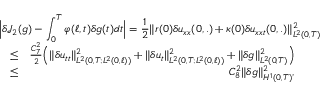
\begin{array} { r l r } { \lefteqn { \Big \vert \delta \mathcal { J } _ { 2 } ( g ) - \int _ { 0 } ^ { T } \varphi ( \ell , t ) \delta g ( t ) d t \Big \vert = \frac { 1 } { 2 } \Vert r ( 0 ) \delta u _ { x x } ( 0 , . ) + \kappa ( 0 ) \delta u _ { x x t } ( 0 , . ) \Vert _ { L ^ { 2 } ( 0 , T ) } ^ { 2 } } } \\ & { \leq } & { \frac { C _ { 7 } ^ { 2 } } { 2 } \Big ( \Vert \delta u _ { t t } \Vert _ { L ^ { 2 } ( 0 , T ; L ^ { 2 } ( 0 , \ell ) ) } ^ { 2 } + \Vert \delta u _ { t } \Vert _ { L ^ { 2 } ( 0 , T ; L ^ { 2 } ( 0 , \ell ) ) } ^ { 2 } + \Vert \delta g \Vert _ { L ^ { 2 } ( 0 , T ) } ^ { 2 } \Big ) } \\ & { \leq } & { C _ { 8 } ^ { 2 } \Vert \delta g \Vert _ { H ^ { 1 } ( 0 , T ) } ^ { 2 } , } \end{array}